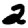
Digit: 2